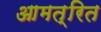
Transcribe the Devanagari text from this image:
आमत्रित